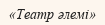
«Театр әлемі»